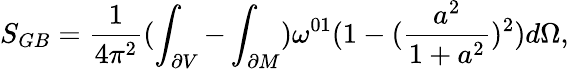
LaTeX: S_{GB}=\frac{1}{4\pi^{2}}(\int_{\partial V}-\int_{\partial M})\omega^{01}(1-(\frac{a^{2}}{1+a^{2}})^{2})d\Omega,